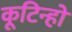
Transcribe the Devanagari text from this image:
कूटिन्हो